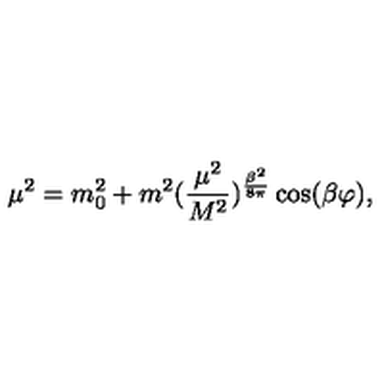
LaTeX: \mu ^ { 2 } = m _ { 0 } ^ { 2 } + m ^ { 2 } ( { \frac { \mu ^ { 2 } } { M ^ { 2 } } } ) ^ { { \frac { \beta ^ { 2 } } { 8 \pi } } } \cos ( \beta \varphi ) ,